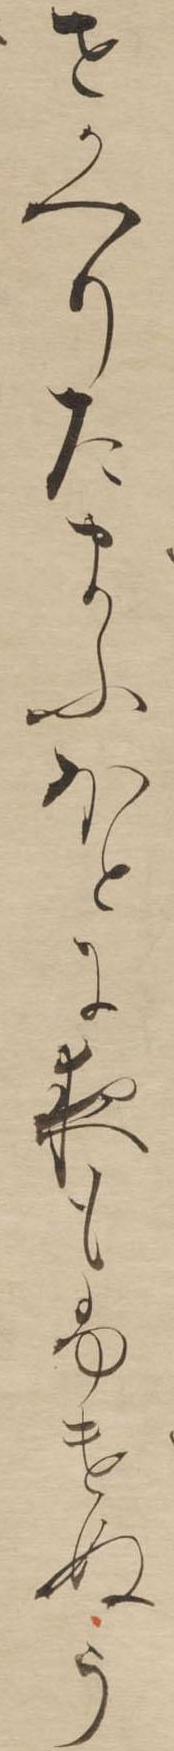
せかへりたまふほとに夜もふけぬう